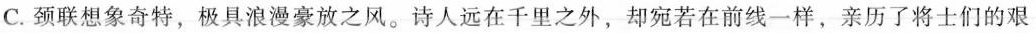
C. 颈联想象奇特，极具浪漫豪放之风。诗人远在千里之外，却宛若在前线一样，亲历了将士们的艰